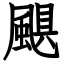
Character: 颶